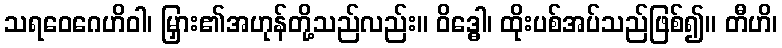
သရဝေဂေဟိဝါ၊ မြှား၏အဟုန်တို့သည်လည်း။ ဝိဒ္ဓေါ၊ ထိုးပစ်အပ်သည်ဖြစ်၍။ တီဟိ၊